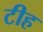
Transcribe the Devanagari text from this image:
टीह